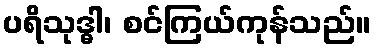
ပရိသုဒ္ဓါ၊ စင်ကြယ်ကုန်သည်။